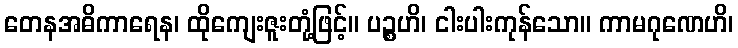
တေနအဓိကာရေန၊ ထိုကျေးဇူးတုံ့ဖြင့်။ ပဉ္စဟိ၊ ငါးပါးကုန်သော။ ကာမဂုဏေဟိ၊